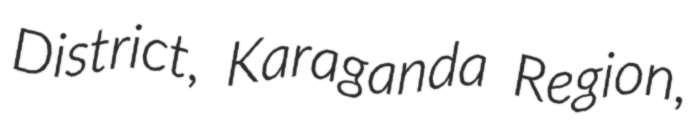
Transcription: District, Karaganda Region,